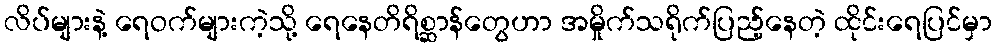
လိပ်များနဲ့ ရေဝက်များကဲ့သို့ ရေနေတိရိစ္ဆာန်တွေဟာ အမှိုက်သရိုက်ပြည့်နေတဲ့ ထိုင်းရေပြင်မှာ